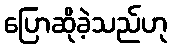
ပြောဆိုခဲ့သည်ဟု